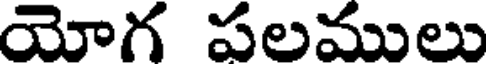
యోగ పలములు